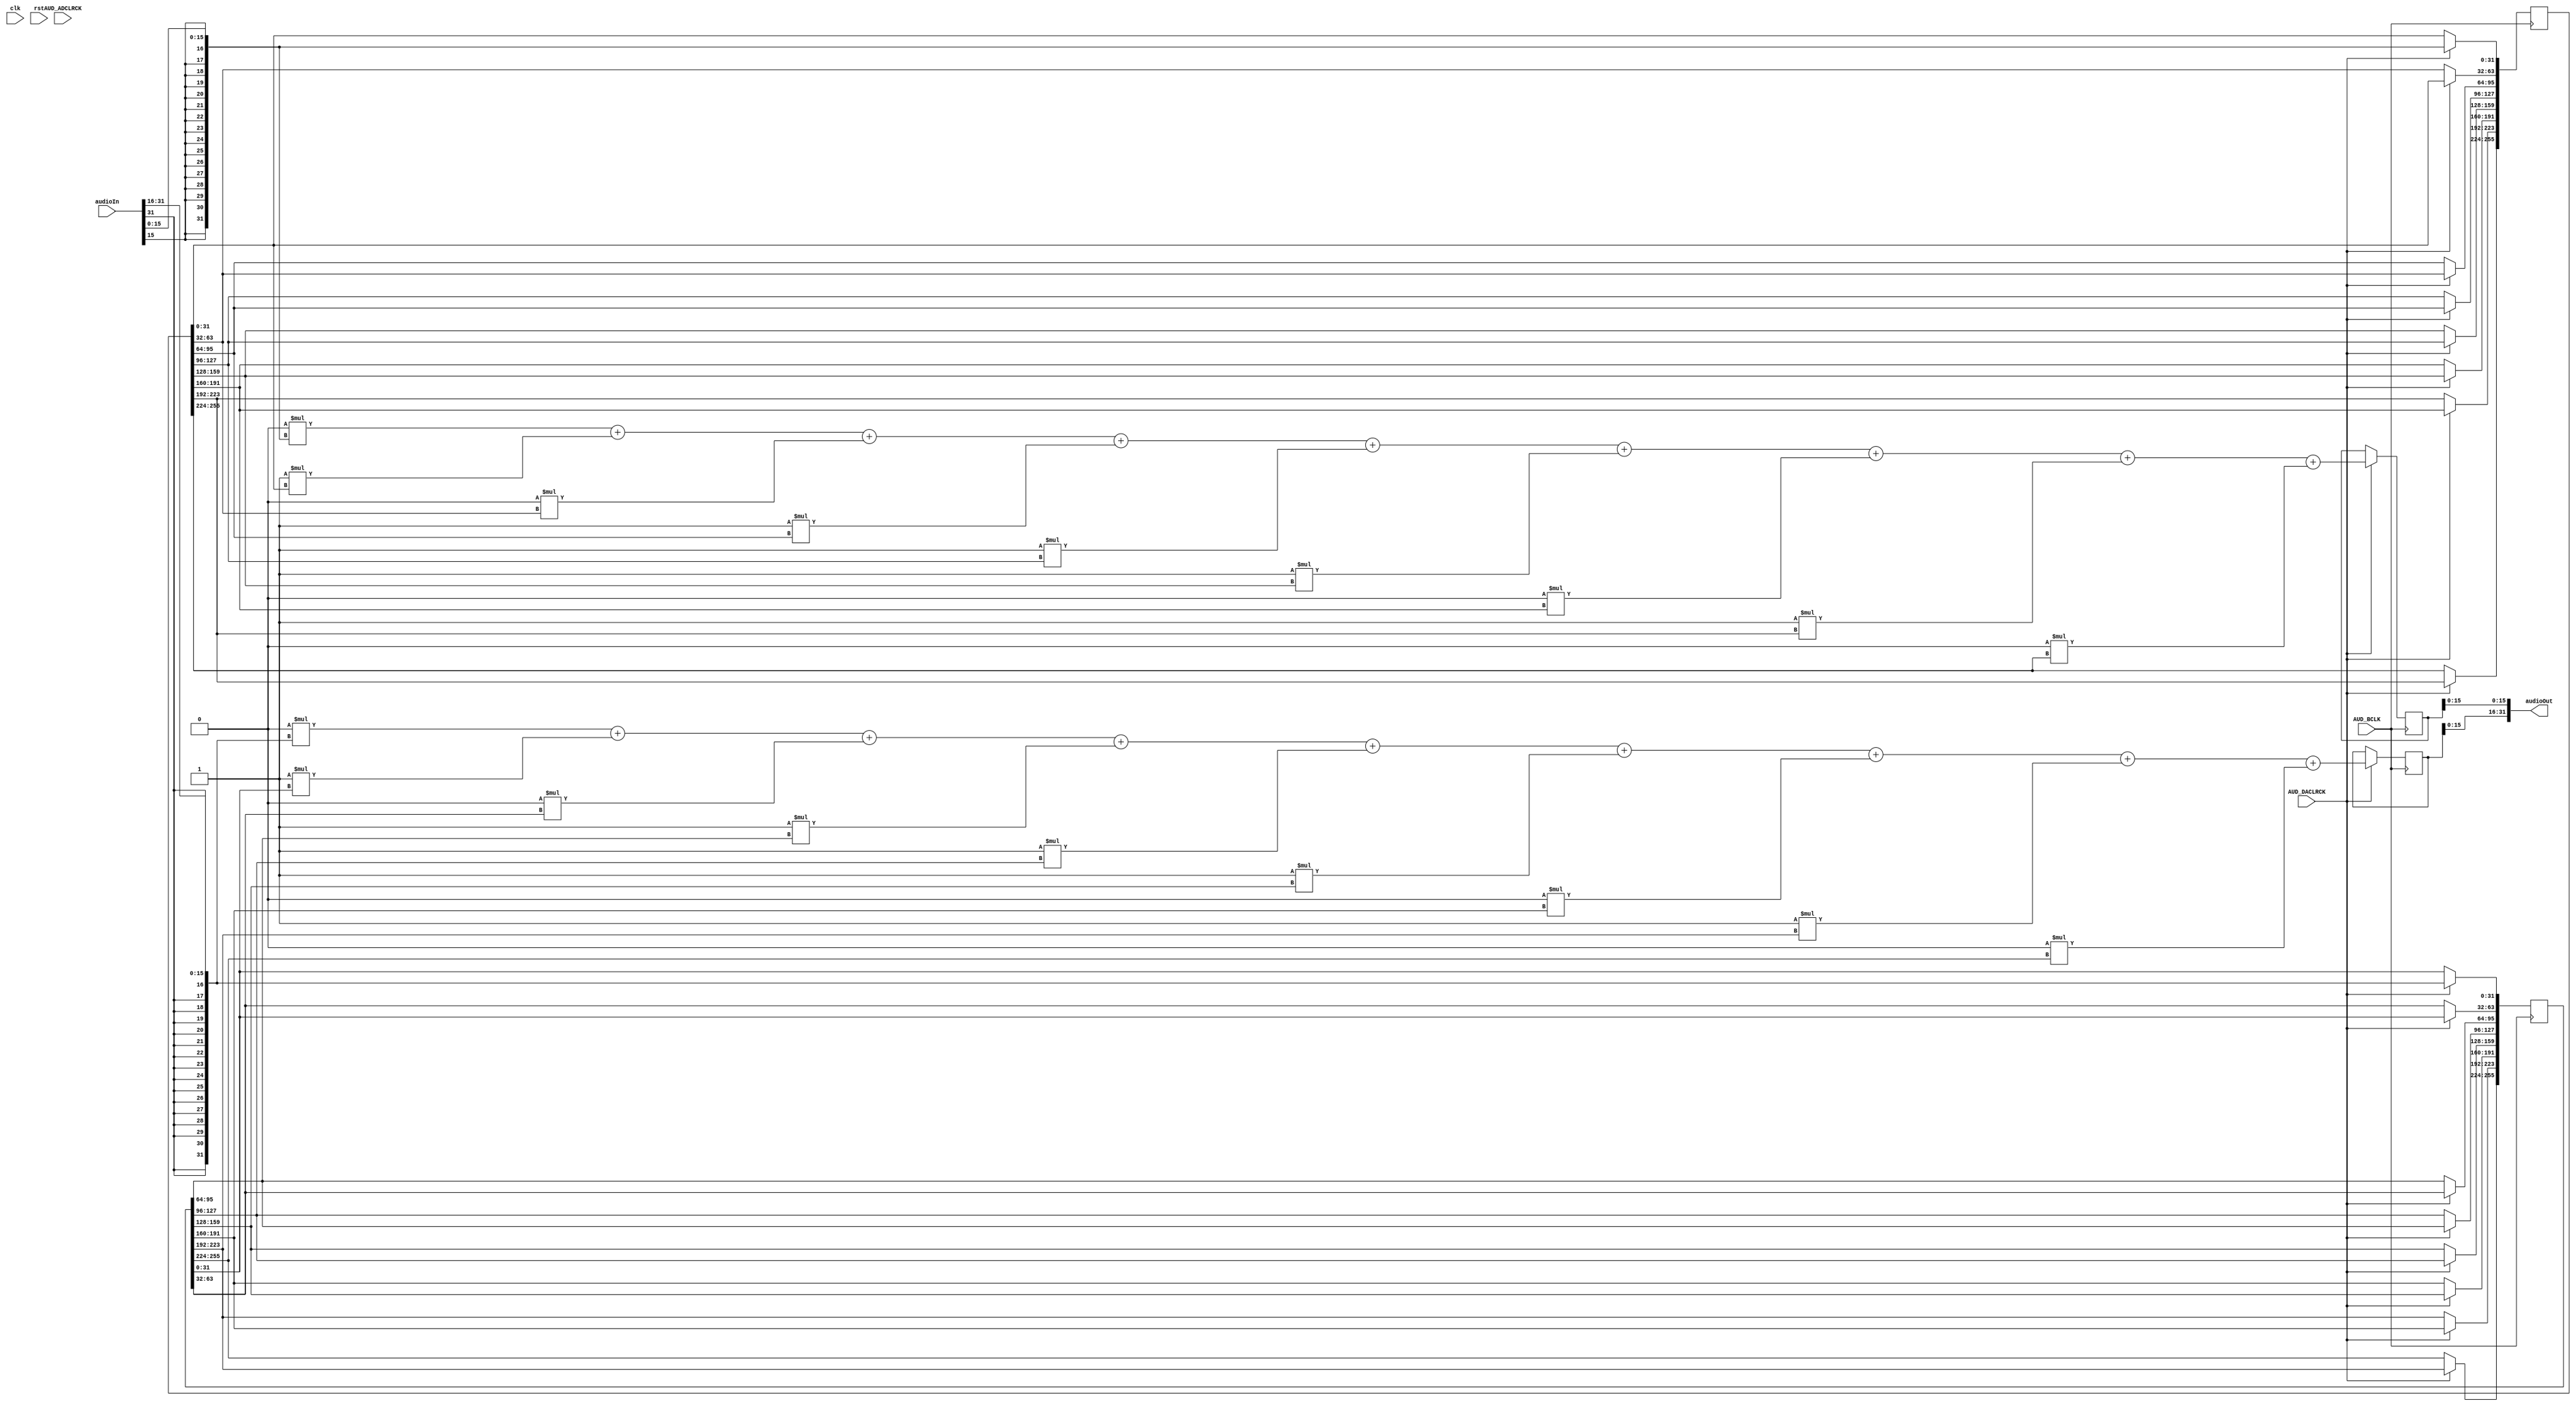
module LowPassFilter(
input clk,
input rst,
input AUD_BCLK,
input AUD_DACLRCK,
input AUD_ADCLRCK,
input [31:0]audioIn,

output reg [31:0]audioOut
);

reg [31:0]lastAudioIn;

wire signed [31:0]leftAudio = { {16{audioIn[31]}}, audioIn[31:16]};
reg signed [256:0]delayedLeft;
reg signed [31:0]filtLeft;

wire signed [31:0]rightAudio = { {16{audioIn[15]}}, audioIn[15:0]};
reg signed [256:0]delayedRight;
reg signed [31:0]filtRight;

parameter n0 = 32'd00834,
			 n1 = 32'd12265,
			 n2 = 32'd22513,
			 n3 = 32'd37552,
			 n4 = 32'd39715,
			 
			 den = 32'd10000;
			 
assign		 b0 = n0/den;
assign		 b1 = n1/den;
assign		 b2 = n2/den;
assign		 b3 = n3/den;
assign		 b4 = n4/den;

always @(*)
begin
	audioOut[31:16] = filtLeft[15:0];
	audioOut[15:0] =  filtRight[15:0];
end


always @(posedge AUD_BCLK)
begin
	if (AUD_DACLRCK == 1)
		begin
			delayedLeft[255:224] <= delayedLeft[223:192]; // x(n-7)
			delayedRight[255:224] <= delayedRight[223:192];
			
			delayedLeft[223:192] <= delayedLeft[191:160]; // x(n-6)
			delayedRight[223:192] <= delayedRight[191:160];
			
			delayedLeft[191:160] <= delayedLeft[159:128]; // x(n-5)
			delayedRight[191:160] <= delayedRight[159:128];
			
			delayedLeft[159:128] <= delayedLeft[127:96]; // x(n-4)
			delayedRight[159:128] <= delayedRight[127:96];
			
			delayedLeft[127:96] <= delayedLeft[95:64]; // x(n-3)
			delayedRight[127:96] <= delayedRight[95:64];
			
			delayedLeft[95:64] <= delayedLeft[63:32]; // x(n-2)
			delayedRight[95:64] <= delayedRight[63:32];
			
			delayedLeft[63:32] <= delayedLeft[31:0]; // x(n-1)
			delayedRight[63:32] <= delayedRight[31:0];
			
			delayedLeft[31:0] <= leftAudio; // x(n)
			delayedRight[31:0] <= rightAudio;
		end
end


always @(posedge AUD_BCLK)
begin
	if (AUD_DACLRCK == 1)
		begin
			filtLeft <= (b0*$signed(leftAudio) + b1*$signed(delayedLeft[31:0]) + b2*$signed(delayedLeft[63:32]) + b3*$signed(delayedLeft[95:64]) + b4*$signed(delayedLeft[127:96]) + b3*$signed(delayedLeft[159:128]) + b2*$signed(delayedLeft[191:160]) + b1*$signed(delayedLeft[223:192]) + b0*$signed(delayedLeft[255:224]));			
			filtRight <= (b0*$signed(rightAudio) + b1*$signed(delayedRight[31:0]) + b2*$signed(delayedRight[63:32]) + b3*$signed(delayedRight[95:64]) + b4*$signed(delayedRight[127:96]) + b3*$signed(delayedRight[159:128]) + b2*$signed(delayedRight[191:160]) + b1*$signed(delayedRight[223:192]) + b0*$signed(delayedRight[255:224]));
		end
end

endmodule